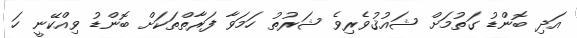
އަދި ބޮންޑު ގަތުމަށް ޝައުޤުވެރިވެ ޝަރުތު ހަމަވާ ފަރާތްތަކަށް ބޮންޑު ވިއްކޭނީ ހަ